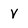
Character: V